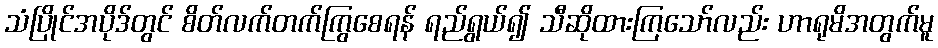
သံပြိုင်အပိုဒ်တွင် စိတ်လက်တက်ကြွစေရန် ရည်ရွယ်၍ သီဆိုထားကြသော်လည်း ဟာရုမိအတွက်မူ